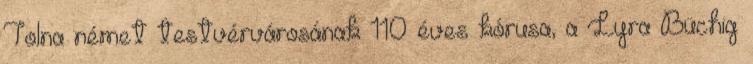
Tolna német testvérvárosának 110 éves kórusa, a Lyra Büchig